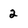
Character: 2